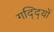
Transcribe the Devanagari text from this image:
गद्दि्यों